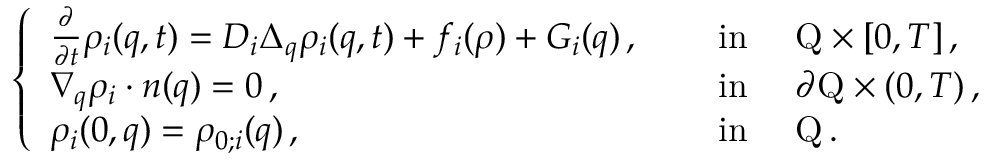
\left\{ \begin{array} { l l } { \frac { \partial } { \partial t } \rho _ { i } ( q , t ) = D _ { i } \Delta _ { q } \rho _ { i } ( q , t ) + f _ { i } ( \rho ) + G _ { i } ( q ) \, , } & { \quad \mathrm { ~ i n ~ } \quad \mathrm { Q } \times [ 0 , T ] \, , } \\ { \nabla _ { q } \rho _ { i } \cdot n ( q ) = 0 \, , } & { \quad \mathrm { ~ i n ~ } \quad \partial \mathrm { Q } \times ( 0 , T ) \, , } \\ { \rho _ { i } ( 0 , q ) = \rho _ { 0 ; i } ( q ) \, , } & { \quad \mathrm { ~ i n ~ } \quad \mathrm { Q } \, . } \end{array} \right.